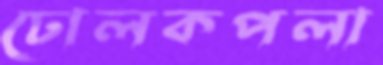
ঢোলকপলা